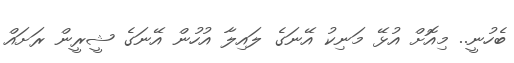
ބެހުނީ.. މިއޮށް އުޅޭ މަނިކު އޭނަގެ ލައިލާ އުހުން އޭނަގެ ޝީރީން ރަށައް